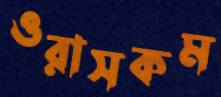
ওরাসকম